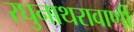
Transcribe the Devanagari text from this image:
रघुनाथरावाणी